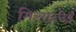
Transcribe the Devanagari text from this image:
मिसान्देई